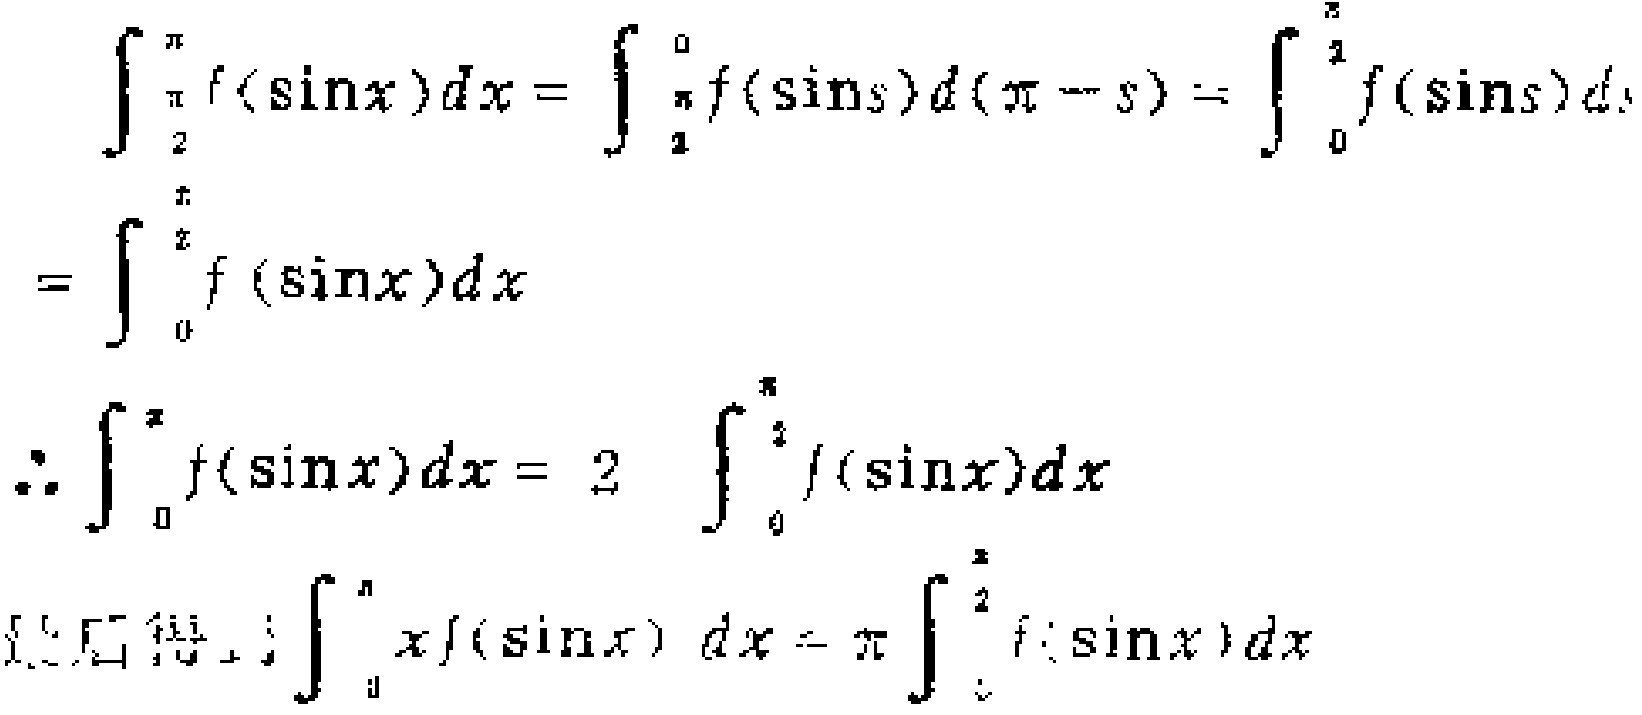
\[\begin{align*}
\int_{\frac{\pi}{2}}^{\pi}f(\sin x)dx&=\int_{\frac{\pi}{2}}^{0}f(\sin s)d(\pi - s)=\int_{0}^{\frac{\pi}{2}}f(\sin s)ds\\
&=\int_{0}^{\frac{\pi}{2}}f(\sin x)dx\\
\therefore\int_{0}^{\pi}f(\sin x)dx&=2\int_{0}^{\frac{\pi}{2}}f(\sin x)dx\\
\text{证明：}\int_{0}^{\pi}xf(\sin x)dx&=\pi\int_{0}^{\frac{\pi}{2}}f(\sin x)dx
\end{align*}\]